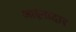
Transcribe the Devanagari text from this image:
आईनादार